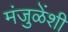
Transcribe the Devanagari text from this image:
मंजुळेंशी